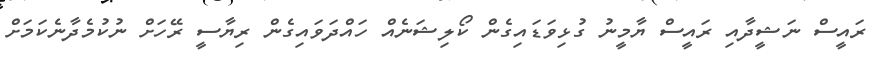
ރައީސް ނަޝީދާއި ރައީސް ޔާމީނު ގުޅިވަޑައިގެން ކޯލިޝަނެއް ހައްދަވައިގެން ރިޔާސީ ރޭހަށް ނުކުމެދާނެކަމަށް